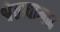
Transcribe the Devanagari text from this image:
श्वेतावामन